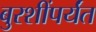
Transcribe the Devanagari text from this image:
बुरशींपर्यंत